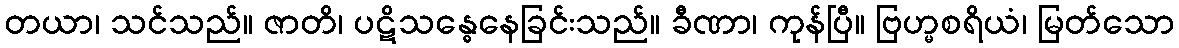
တယာ၊ သင်သည်။ ဇာတိ၊ ပဋိသန္ဓေနေခြင်းသည်။ ခီဏာ၊ ကုန်ပြီ။ ဗြဟ္မစရိယံ၊ မြတ်သော